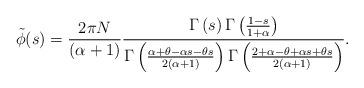
LaTeX: \begin{align*}\tilde{\phi}(s)=\frac{2\pi{}N}{\left(\alpha{}+1\right)}\frac{\Gamma\left(s\right)\Gamma\left(\frac{1-s}{1+\alpha{}}\right)}{\Gamma\left(\frac{\alpha{}+\theta{}-\alpha{}s-\theta{}s}{2\left(\alpha{}+1\right)}\right)\Gamma\left(\frac{2+\alpha{}-\theta{}+\alpha{}s+\theta{}s}{2\left(\alpha{}+1\right)}\right)}.\end{align*}